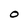
Character: O